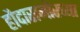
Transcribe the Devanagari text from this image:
हौदासमोरच्या